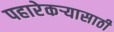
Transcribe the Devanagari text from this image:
पहारेकर्‍यासाठी